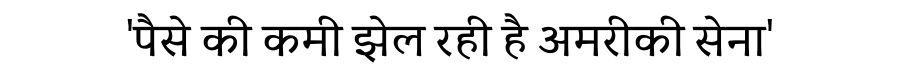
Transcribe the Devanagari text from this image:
'पैसे की कमी झेल रही है अमरीकी सेना'